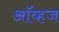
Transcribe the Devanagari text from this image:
ऑव्हज